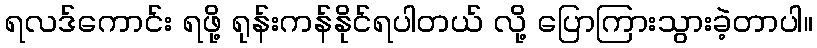
ရလဒ်ကောင်း ရဖို့ ရုန်းကန်နိုင်ရပါတယ် လို့ ပြောကြားသွားခဲ့တာပါ။